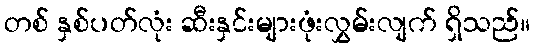
တစ် နှစ်ပတ်လုံး ဆီးနှင်းများဖုံးလွှမ်းလျက် ရှိသည်။